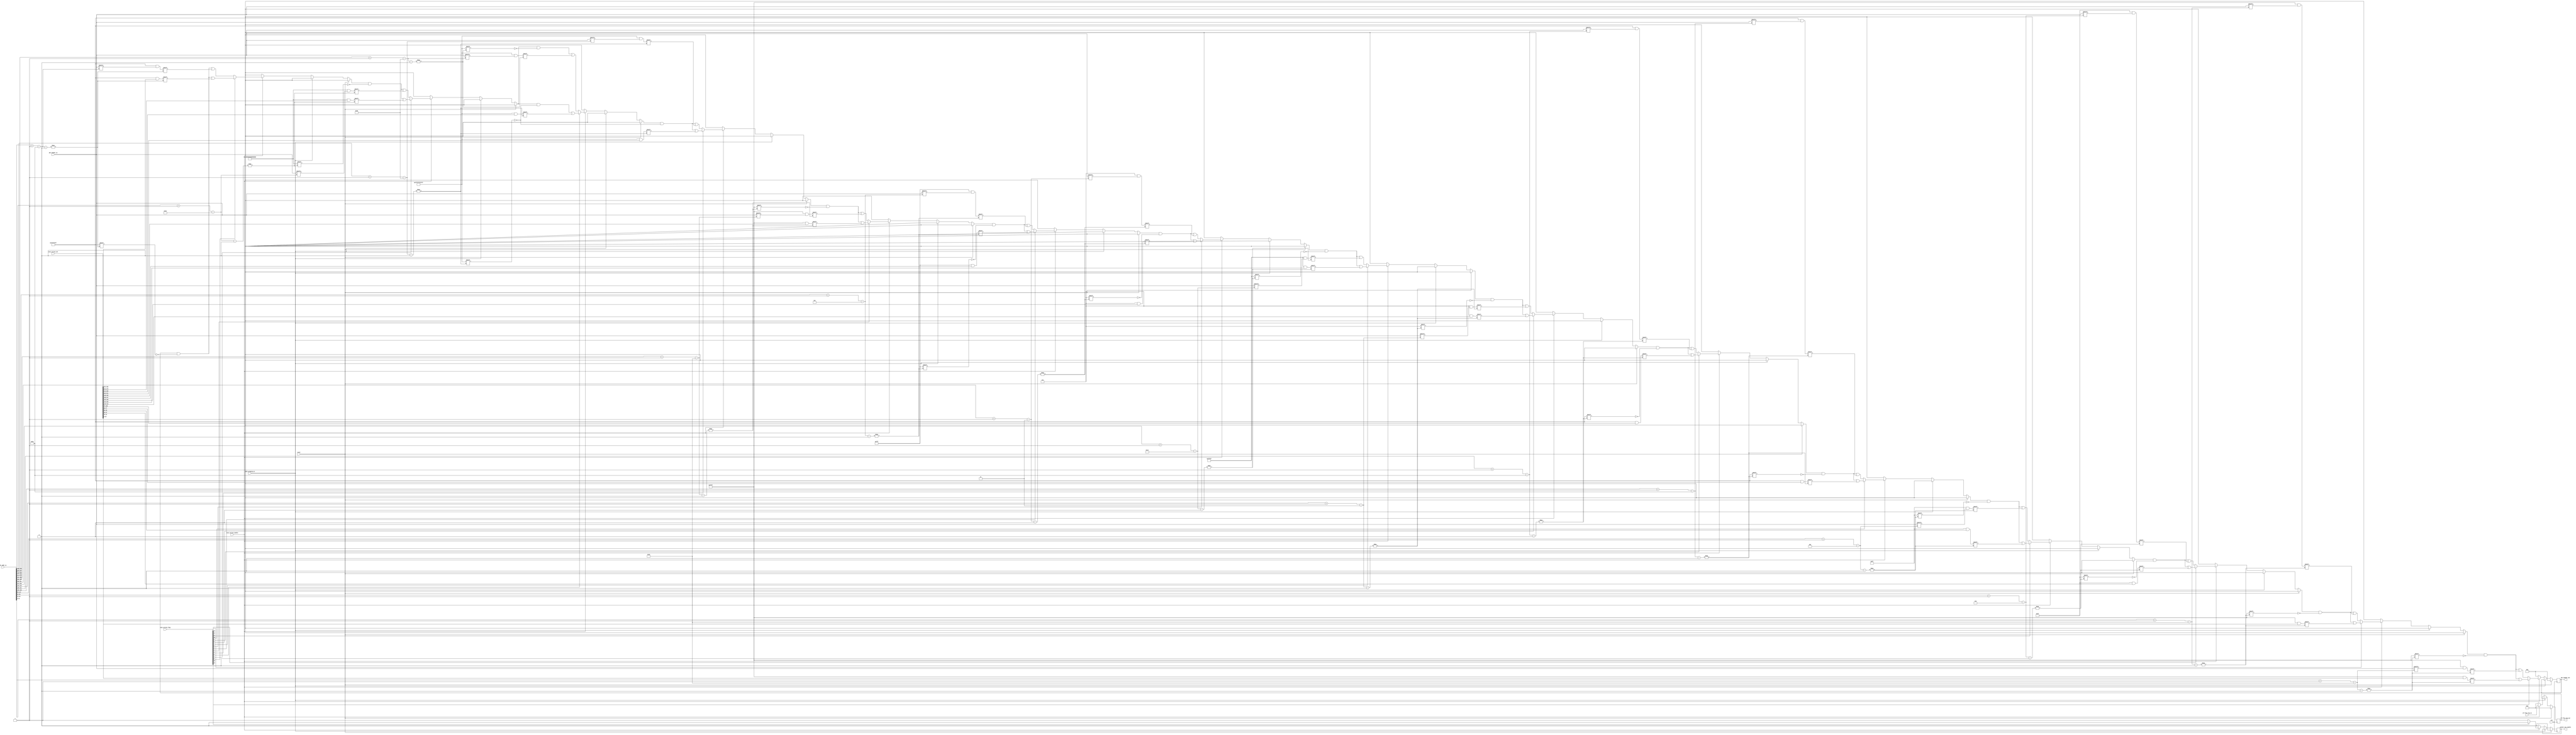
`timescale 1ns / 1ps
//////////////////////////////////////////////////////////////////////////////////
// Company: 
// Engineer: 
// 
// Design Name: 
// Module Name:    netwalk_execution_engine_processor 
// Project Name: 
// Target Devices: 
// Tool versions: 
// Description: 
//
// Dependencies: 
//
// Revision: 
// Revision 0.01 - File Created
// Additional Comments: 
//
//////////////////////////////////////////////////////////////////////////////////
module netwalk_execution_engine_core
#(parameter OF_FLOW_TAG_WIDTH=5,ADDR_WIDTH=32,PKT_BUFF_ADDR_WIDTH=9,ACTION_FLAG_WIDTH=16,ACTION_SET_WIDTH=356,TCAM_ADDR_WIDTH=6,DPL_PKT_BIT_WIDTH=512)
(
clk,
reset,
glbl_program_en,

pkt_header_in,

exec_action_flag,
exec_action_set,
exec_action_enable,

pkt_header_out,
packet_out_enable,

/*
OF_INGRESS_PORT_ADDR,
OF_META_DATA_ADDR,
OF_DST_MAC_ADDR_ADDR,
OF_SRC_MAC_ADDR_ADDR,
OF_ETHER_TYPE_ADDR,
OF_VLAN_ID_ADDR,
OF_VLAN_PRIORITY_ADDR,
OF_MPLS_LABEL_ADDR,
OF_MPLS_FEC_CLASS_ADDR,
OF_SRC_IPV4_ADDR_ADDR,
OF_DST_IPV4_ADDR_ADDR,
OF_IP_PROTOCOL_ADDR,
OF_IPV4_TOS_ADDR,
OF_TCP_SRC_PORT_ADDR,
OF_TCP_DST_PORT_ADDR,
*/

pkt_addr_in,
//pkt_addr_out
of_flow_tag_in,
of_flow_tag_out
);
input [(ADDR_WIDTH*15)-1:0] pkt_addr_in;
input [OF_FLOW_TAG_WIDTH-1:0] of_flow_tag_in;
output reg [OF_FLOW_TAG_WIDTH-1:0] of_flow_tag_out;

parameter EGRESS_PORT_WIDTH		=32;
parameter METADATA_WIDTH			=64;
parameter MAC_ADDR_WIDTH			=48;
parameter SRC_MAC_ADDR_WIDTH		=48;
parameter DST_MAC_ADDR_WIDTH		=48;
parameter ETHER_TYPE_WIDTH			=16;

parameter VLAN_TPID_WIDTH			=16;
parameter VLAN_PRIORITY_WIDTH		=3;
parameter VLAN_CFI_WIDTH			=1;
parameter VLAN_ID_WIDTH				=12;

parameter MPLS_LABEL_WIDTH			=20;
parameter MPLS_COS_WIDTH			=3;
parameter MPLS_S_WIDTH				=1;
parameter MPLS_TTL_WIDTH			=8;

parameter MPLS_FEC_WIDTH			=3;
parameter MPLS_FEC_CLASS_WIDTH	=3;

parameter IP_VERSION_WIDTH			=4;
parameter IP_IHL_WIDTH				=4;
parameter IP_DSCP_WIDTH				=6;
parameter IP_ECN_WIDTH				=2;
parameter IP_LENGTH_WIDTH			=16;
parameter IP_ID_WIDTH				=16;
parameter IP_FLAG_WIDTH				=3;
parameter IP_FRAGOFF_WIDTH			=13;
parameter IP_TTL_WIDTH				=8;
parameter IP_PROTOCOL_WIDTH		=8;
parameter IP_CHECKSUM_WIDTH		=16;
parameter IP_ADDR_WIDTH				=32;
parameter IP_SRC_ADDR_WIDTH		=32;
parameter IP_DST_ADDR_WIDTH		=32;

parameter SRC_IPV4_ADDR_WIDTH		=32;
parameter DST_IPV4_ADDR_WIDTH		=32;
parameter IPV4_TOS_WIDTH			=IP_DSCP_WIDTH;

//parameter IP_TOS_WIDTH=IP_DSCP_WIDTH+IP_ECN_WIDTH;
parameter IP_TOS_WIDTH=IP_DSCP_WIDTH;
parameter TCP_PORT_WIDTH			=16;
parameter TCP_SRC_PORT_WIDTH			=16;
parameter TCP_DST_PORT_WIDTH			=16;
parameter TCP_SEQN_WIDTH			=32;
parameter TCP_ACKN_WIDTH			=32;
parameter TCP_DTOFF_WIDTH			=4;
parameter TCP_RESV_WIDTH			=3;
parameter TCP_NS_WIDTH				=1;
parameter TCP_CWR_WIDTH				=1;
parameter TCP_ECE_WIDTH				=1;
parameter TCP_UGR_WIDTH				=1;
parameter TCP_ACK_WIDTH				=1;
parameter TCP_PSH_WIDTH				=1;
parameter TCP_RST_WIDTH				=1;
parameter TCP_SYN_WIDTH				=1;
parameter TCP_FIN_WIDTH				=1;
parameter TCP_WINSIZE_WIDTH		=16;
parameter TCP_CHECKSUM_WIDTH		=16;
parameter TCP_URGPNT_WIDTH			=16;

parameter TCP_SRC_PORT_ADDR		=16;
parameter TCP_DST_PORT_ADDR		=16;
/////////////////////////////////////////////////////
parameter UDP_PORT_WIDTH			=16;
parameter UDP_SRC_PORT_WIDTH		=16;
parameter UDP_DST_PORT_WIDTH		=16;
parameter UDP_LENGTH_WIDTH			=16;
parameter UDP_CHECKSUM_WIDTH		=16;

parameter EGRESS_PORT_OFFSET		=0;
parameter METADATA_OFFSET			=EGRESS_PORT_WIDTH;
parameter DST_MAC_ADDR_OFFSET		=EGRESS_PORT_WIDTH+METADATA_WIDTH;
parameter SRC_MAC_ADDR_OFFSET		=EGRESS_PORT_WIDTH+METADATA_WIDTH+DST_MAC_ADDR_WIDTH;
parameter ETHER_TYPE_OFFSET		=EGRESS_PORT_WIDTH+METADATA_WIDTH+SRC_MAC_ADDR_WIDTH+DST_MAC_ADDR_WIDTH;
parameter VLAN_ID_OFFSET			=EGRESS_PORT_WIDTH+METADATA_WIDTH+SRC_MAC_ADDR_WIDTH+DST_MAC_ADDR_WIDTH+ETHER_TYPE_WIDTH;
parameter VLAN_PRIORITY_OFFSET	=EGRESS_PORT_WIDTH+METADATA_WIDTH+SRC_MAC_ADDR_WIDTH+DST_MAC_ADDR_WIDTH+ETHER_TYPE_WIDTH+VLAN_ID_WIDTH;
parameter MPLS_LABEL_OFFSET		=EGRESS_PORT_WIDTH+METADATA_WIDTH+SRC_MAC_ADDR_WIDTH+DST_MAC_ADDR_WIDTH+ETHER_TYPE_WIDTH+VLAN_ID_WIDTH+VLAN_PRIORITY_WIDTH;
parameter MPLS_FEC_CLASS_OFFSET	=EGRESS_PORT_WIDTH+METADATA_WIDTH+SRC_MAC_ADDR_WIDTH+DST_MAC_ADDR_WIDTH+ETHER_TYPE_WIDTH+VLAN_ID_WIDTH+VLAN_PRIORITY_WIDTH+MPLS_LABEL_WIDTH;
parameter SRC_IPV4_ADDR_OFFSET	=EGRESS_PORT_WIDTH+METADATA_WIDTH+SRC_MAC_ADDR_WIDTH+DST_MAC_ADDR_WIDTH+ETHER_TYPE_WIDTH+VLAN_ID_WIDTH+VLAN_PRIORITY_WIDTH+MPLS_LABEL_WIDTH+MPLS_FEC_CLASS_WIDTH;
parameter DST_IPV4_ADDR_OFFSET	=EGRESS_PORT_WIDTH+METADATA_WIDTH+SRC_MAC_ADDR_WIDTH+DST_MAC_ADDR_WIDTH+ETHER_TYPE_WIDTH+VLAN_ID_WIDTH+VLAN_PRIORITY_WIDTH+MPLS_LABEL_WIDTH+MPLS_FEC_CLASS_WIDTH+IP_SRC_ADDR_WIDTH;
parameter IP_PROTOCOL_OFFSET		=EGRESS_PORT_WIDTH+METADATA_WIDTH+SRC_MAC_ADDR_WIDTH+DST_MAC_ADDR_WIDTH+ETHER_TYPE_WIDTH+VLAN_ID_WIDTH+VLAN_PRIORITY_WIDTH+MPLS_LABEL_WIDTH+MPLS_FEC_CLASS_WIDTH+IP_SRC_ADDR_WIDTH+IP_DST_ADDR_WIDTH;
parameter IPV4_TOS_OFFSET			=EGRESS_PORT_WIDTH+METADATA_WIDTH+SRC_MAC_ADDR_WIDTH+DST_MAC_ADDR_WIDTH+ETHER_TYPE_WIDTH+VLAN_ID_WIDTH+VLAN_PRIORITY_WIDTH+MPLS_LABEL_WIDTH+MPLS_FEC_CLASS_WIDTH+IP_SRC_ADDR_WIDTH+IP_DST_ADDR_WIDTH+IP_PROTOCOL_WIDTH;
parameter TCP_SRC_PORT_OFFSET		=EGRESS_PORT_WIDTH+METADATA_WIDTH+SRC_MAC_ADDR_WIDTH+DST_MAC_ADDR_WIDTH+ETHER_TYPE_WIDTH+VLAN_ID_WIDTH+VLAN_PRIORITY_WIDTH+MPLS_LABEL_WIDTH+MPLS_FEC_CLASS_WIDTH+IP_SRC_ADDR_WIDTH+IP_DST_ADDR_WIDTH+IP_PROTOCOL_WIDTH+IP_TOS_WIDTH;
parameter TCP_DST_PORT_OFFSET		=EGRESS_PORT_WIDTH+METADATA_WIDTH+SRC_MAC_ADDR_WIDTH+DST_MAC_ADDR_WIDTH+ETHER_TYPE_WIDTH+VLAN_ID_WIDTH+VLAN_PRIORITY_WIDTH+MPLS_LABEL_WIDTH+MPLS_FEC_CLASS_WIDTH+IP_SRC_ADDR_WIDTH+IP_DST_ADDR_WIDTH+IP_PROTOCOL_WIDTH+IP_TOS_WIDTH+TCP_SRC_PORT_WIDTH;

input clk;
input reset;
input glbl_program_en;

input[DPL_PKT_BIT_WIDTH-1:0]pkt_header_in;

input[ACTION_FLAG_WIDTH-1:0]exec_action_flag;
input[ACTION_SET_WIDTH-1:0]exec_action_set;
input exec_action_enable;

output reg[DPL_PKT_BIT_WIDTH-1:0]pkt_header_out;
output reg packet_out_enable;

/*
input[PKT_BUFF_ADDR_WIDTH-1:0]		OF_INGRESS_PORT_ADDR;
input[PKT_BUFF_ADDR_WIDTH-1:0]		OF_META_DATA_ADDR;
input[PKT_BUFF_ADDR_WIDTH-1:0]		OF_DST_MAC_ADDR_ADDR;
input[PKT_BUFF_ADDR_WIDTH-1:0]		OF_SRC_MAC_ADDR_ADDR;
input[PKT_BUFF_ADDR_WIDTH-1:0] 		OF_ETHER_TYPE_ADDR;
input[PKT_BUFF_ADDR_WIDTH-1:0]		OF_VLAN_ID_ADDR;
input[PKT_BUFF_ADDR_WIDTH-1:0]		OF_VLAN_PRIORITY_ADDR;
input[PKT_BUFF_ADDR_WIDTH-1:0]		OF_MPLS_LABEL_ADDR;
input[PKT_BUFF_ADDR_WIDTH-1:0]		OF_MPLS_FEC_CLASS_ADDR;
input[PKT_BUFF_ADDR_WIDTH-1:0]		OF_SRC_IPV4_ADDR_ADDR;
input[PKT_BUFF_ADDR_WIDTH-1:0]		OF_DST_IPV4_ADDR_ADDR;
input[PKT_BUFF_ADDR_WIDTH-1:0]		OF_IP_PROTOCOL_ADDR;
input[PKT_BUFF_ADDR_WIDTH-1:0]		OF_IPV4_TOS_ADDR;
input[PKT_BUFF_ADDR_WIDTH-1:0]		OF_TCP_SRC_PORT_ADDR;
input[PKT_BUFF_ADDR_WIDTH-1:0]		OF_TCP_DST_PORT_ADDR;
*/

wire[EGRESS_PORT_WIDTH-1:0]	SET_EGRESS_PORT;
wire[METADATA_WIDTH-1:0]		SET_META_DATA;
wire[DST_MAC_ADDR_WIDTH-1:0]	SET_DST_MAC_ADDR;
wire[SRC_MAC_ADDR_WIDTH-1:0]	SET_SRC_MAC_ADDR;
wire[ETHER_TYPE_WIDTH-1:0]		SET_ETHER_TYPE;
wire[VLAN_ID_WIDTH-1:0]			SET_VLAN_ID;
wire[VLAN_PRIORITY_WIDTH-1:0]	SET_VLAN_PRIORITY;
wire[MPLS_LABEL_WIDTH-1:0]		SET_MPLS_LABEL;
wire[MPLS_FEC_WIDTH-1:0]		SET_MPLS_FEC_CLASS;
wire[IP_SRC_ADDR_WIDTH-1:0]	SET_SRC_IPV4_ADDR;
wire[IP_DST_ADDR_WIDTH-1:0]	SET_DST_IPV4_ADDR;
wire[IP_PROTOCOL_WIDTH-1:0]	SET_IP_PROTOCOL;
wire[IP_TOS_WIDTH-1:0]			SET_IPV4_TOS;
wire[TCP_SRC_PORT_WIDTH-1:0]	SET_TCP_SRC_PORT;
wire[TCP_DST_PORT_WIDTH-1:0]	SET_TCP_DST_PORT;


wire[ADDR_WIDTH-1:0]	OF_INGRESS_PORT_ADDR;
wire[ADDR_WIDTH-1:0] OF_META_DATA_ADDR;
wire[ADDR_WIDTH-1:0]	OF_DST_MAC_ADDR_ADDR;
wire[ADDR_WIDTH-1:0]	OF_SRC_MAC_ADDR_ADDR;
wire[ADDR_WIDTH-1:0] OF_ETHER_TYPE_ADDR;
wire[ADDR_WIDTH-1:0]			OF_VLAN_ID_ADDR;
wire[ADDR_WIDTH-1:0]	OF_VLAN_PRIORITY_ADDR;
wire[ADDR_WIDTH-1:0]	OF_MPLS_LABEL_ADDR;
wire[ADDR_WIDTH-1:0]		OF_MPLS_FEC_CLASS_ADDR;
wire[ADDR_WIDTH-1:0]OF_SRC_IPV4_ADDR_ADDR;
wire[ADDR_WIDTH-1:0]OF_DST_IPV4_ADDR_ADDR;
wire[ADDR_WIDTH-1:0]	OF_IP_PROTOCOL_ADDR;
wire[ADDR_WIDTH-1:0]		OF_IPV4_TOS_ADDR;
wire[ADDR_WIDTH-1:0]	OF_TCP_SRC_PORT_ADDR;
wire[ADDR_WIDTH-1:0]	OF_TCP_DST_PORT_ADDR;

/*
output[INGRESS_PORT_WIDTH-1:0]	SET_EGRESS_PORT;
output[METADATA_WIDTH-1:0]		SET_META_DATA;
output[SRC_MAC_ADDR_WIDTH-1:0]	SET_SRC_MAC_ADDR;
output[DST_MAC_ADDR_WIDTH-1:0]	SET_DST_MAC_ADDR;
output[ETHER_TYPE_WIDTH-1:0]		SET_ETHER_TYPE;
output[VLAN_ID_WIDTH-1:0]			SET_VLAN_ID;
output[VLAN_PRIORITY_WIDTH-1:0]	SET_VLAN_PRIORITY;
output[MPLS_LABEL_WIDTH-1:0]		SET_MPLS_LABEL;
output[MPLS_FEC_WIDTH-1:0]		SET_MPLS_FEC_CLASS;
output[IP_SRC_ADDR_WIDTH-1:0]	SET_SRC_IPV4_ADDR;
output[IP_DST_ADDR_WIDTH-1:0]	SET_DST_IPV4_ADDR;
output[IP_PROTOCOL_WIDTH-1:0]	SET_IP_PROTOCOL;
output[IP_TOS_WIDTH-1:0]			SET_IPV4_TOS;
output[TCP_SRC_PORT_WIDTH-1:0]	SET_TCP_SRC_PORT;
output[TCP_DST_PORT_WIDTH-1:0]	SET_TCP_DST_PORT;
*/

assign SET_EGRESS_PORT		=exec_action_set[ACTION_SET_WIDTH-1:(ACTION_SET_WIDTH-METADATA_OFFSET)];
assign SET_META_DATA			=exec_action_set[ACTION_SET_WIDTH-METADATA_OFFSET-1:ACTION_SET_WIDTH-SRC_MAC_ADDR_OFFSET];
assign SET_DST_MAC_ADDR		=exec_action_set[ACTION_SET_WIDTH-DST_MAC_ADDR_OFFSET-1:ACTION_SET_WIDTH-SRC_MAC_ADDR_OFFSET];
assign SET_SRC_MAC_ADDR		=exec_action_set[ACTION_SET_WIDTH-SRC_MAC_ADDR_OFFSET-1:ACTION_SET_WIDTH-ETHER_TYPE_OFFSET];
assign SET_ETHER_TYPE		=exec_action_set[ACTION_SET_WIDTH-ETHER_TYPE_OFFSET-1:ACTION_SET_WIDTH-VLAN_ID_OFFSET];
assign SET_VLAN_ID			=exec_action_set[ACTION_SET_WIDTH-VLAN_ID_OFFSET-1:ACTION_SET_WIDTH-VLAN_PRIORITY_OFFSET];
assign SET_VLAN_PRIORITY	=exec_action_set[ACTION_SET_WIDTH-VLAN_PRIORITY_OFFSET-1:ACTION_SET_WIDTH-MPLS_LABEL_OFFSET];
assign SET_MPLS_LABEL		=exec_action_set[ACTION_SET_WIDTH-MPLS_LABEL_OFFSET-1:ACTION_SET_WIDTH-MPLS_FEC_CLASS_OFFSET];
assign SET_MPLS_FEC_CLASS	=exec_action_set[ACTION_SET_WIDTH-MPLS_FEC_CLASS_OFFSET-1:ACTION_SET_WIDTH-SRC_IPV4_ADDR_OFFSET];
assign SET_SRC_IPV4_ADDR	=exec_action_set[ACTION_SET_WIDTH-SRC_IPV4_ADDR_OFFSET-1:ACTION_SET_WIDTH-DST_IPV4_ADDR_OFFSET];
assign SET_DST_IPV4_ADDR	=exec_action_set[ACTION_SET_WIDTH-DST_IPV4_ADDR_OFFSET-1:ACTION_SET_WIDTH-IP_PROTOCOL_OFFSET];
assign SET_IP_PROTOCOL		=exec_action_set[ACTION_SET_WIDTH-IP_PROTOCOL_OFFSET-1:ACTION_SET_WIDTH-IPV4_TOS_OFFSET];
assign SET_IPV4_TOS			=exec_action_set[ACTION_SET_WIDTH-IPV4_TOS_OFFSET-1:ACTION_SET_WIDTH-TCP_SRC_PORT_OFFSET];
assign SET_TCP_SRC_PORT		=exec_action_set[ACTION_SET_WIDTH-TCP_SRC_PORT_OFFSET-1:ACTION_SET_WIDTH-TCP_DST_PORT_OFFSET];
assign SET_TCP_DST_PORT		=exec_action_set[ACTION_SET_WIDTH-TCP_DST_PORT_OFFSET-1:0];

assign {OF_INGRESS_PORT_ADDR, OF_META_DATA_ADDR, OF_DST_MAC_ADDR_ADDR, OF_SRC_MAC_ADDR_ADDR , OF_ETHER_TYPE_ADDR,OF_VLAN_ID_ADDR,OF_VLAN_PRIORITY_ADDR,OF_MPLS_LABEL_ADDR,OF_MPLS_FEC_CLASS_ADDR,OF_SRC_IPV4_ADDR_ADDR,OF_DST_IPV4_ADDR_ADDR,OF_IP_PROTOCOL_ADDR,OF_IPV4_TOS_ADDR,OF_TCP_SRC_PORT_ADDR,	OF_TCP_DST_PORT_ADDR}=pkt_addr_in;

initial begin
//$monitor("%x \n%x \n %x \n %x \n %x \n %x \n %x \n %x \n %x \n %x \n %x \n %x \n %x \n\n",SET_EGRESS_PORT,SET_META_DATA,SET_SRC_MAC_ADDR,SET_DST_MAC_ADDR,SET_ETHER_TYPE,SET_VLAN_ID,SET_VLAN_PRIORITY,SET_MPLS_LABEL,SET_MPLS_FEC_CLASS,SET_SRC_IPV4_ADDR,SET_DST_IPV4_ADDR,SET_IP_PROTOCOL,SET_IPV4_TOS,SET_TCP_SRC_PORT,SET_TCP_DST_PORT);
end
always@(posedge clk)begin
		if(!reset)begin
		   if(!glbl_program_en)begin
            if(exec_action_enable)begin
				       of_flow_tag_out<=of_flow_tag_in;
				       
						if(exec_action_flag[15] == 1'b1)begin//TCP_DST_PORT
							   packet_out_enable<=1'b0;
						end	
						else begin
					       packet_out_enable<=1'b1;
					   end
					
				    if(exec_action_flag[0] == 1'b1)begin//EGRESS PORT
							//packet_out_enable<=1'b1;
							pkt_header_out[OF_INGRESS_PORT_ADDR -:EGRESS_PORT_WIDTH] <= SET_EGRESS_PORT;
							//pkt_header_out[DPL_PKT_BIT_WIDTH-1:DPL_PKT_BIT_WIDTH-EGRESS_PORT_WIDTH] <= SET_EGRESS_PORT;
							//pkt_header_out[DPL_PKT_BIT_WIDTH-EGRESS_PORT_WIDTH-1:0] <= pkt_header_in[DPL_PKT_BIT_WIDTH-EGRESS_PORT_WIDTH-1:0];
					  end	
					  else begin
					      pkt_header_out[OF_INGRESS_PORT_ADDR -:EGRESS_PORT_WIDTH] <= pkt_header_in[OF_INGRESS_PORT_ADDR -:EGRESS_PORT_WIDTH];
					       //packet_out_enable<=1'b0;
							 //pkt_header_out[DPL_PKT_BIT_WIDTH-1:0] <= pkt_header_in[DPL_PKT_BIT_WIDTH-1:0];
					  end	
					  
					  
						if(exec_action_flag[1] == 1'b1)begin//METADATA
							pkt_header_out[OF_META_DATA_ADDR -:METADATA_WIDTH] <= SET_META_DATA;
						end	
						else begin
					     pkt_header_out[OF_META_DATA_ADDR -:METADATA_WIDTH]  <= pkt_header_in[OF_META_DATA_ADDR -:METADATA_WIDTH] ;
					   end


						if(exec_action_flag[2] == 1'b1)begin//DST_MAC
							pkt_header_out[OF_SRC_MAC_ADDR_ADDR -:DST_MAC_ADDR_WIDTH] <= SET_DST_MAC_ADDR;
						end	
						else begin
					      pkt_header_out[OF_DST_MAC_ADDR_ADDR -:DST_MAC_ADDR_WIDTH] <= pkt_header_in[OF_DST_MAC_ADDR_ADDR -:DST_MAC_ADDR_WIDTH] ;
					   end
						
						if(exec_action_flag[3] == 1'b1)begin//SRC_MAC
							pkt_header_out[OF_SRC_MAC_ADDR_ADDR -:SRC_MAC_ADDR_WIDTH] <= SET_SRC_MAC_ADDR;
						end	
						else begin
					      pkt_header_out[OF_SRC_MAC_ADDR_ADDR -:SRC_MAC_ADDR_WIDTH] <= pkt_header_in[OF_SRC_MAC_ADDR_ADDR -:SRC_MAC_ADDR_WIDTH] ;
					   end
						
						
						if(exec_action_flag[4] == 1'b1)begin//ETHER_TYPE
							pkt_header_out[OF_ETHER_TYPE_ADDR -:ETHER_TYPE_WIDTH] <= SET_ETHER_TYPE;
						end	
						else begin
					      pkt_header_out[OF_ETHER_TYPE_ADDR -:ETHER_TYPE_WIDTH] <= pkt_header_in[OF_ETHER_TYPE_ADDR -:ETHER_TYPE_WIDTH] ;
					   end
						
						if(exec_action_flag[5] == 1'b1)begin//VLAN_ID
							pkt_header_out[OF_VLAN_ID_ADDR -:VLAN_ID_WIDTH] <= SET_VLAN_ID;
						end	
						else begin
					      pkt_header_out[OF_VLAN_ID_ADDR -:VLAN_ID_WIDTH] <= pkt_header_in[OF_VLAN_ID_ADDR -:VLAN_ID_WIDTH] ;
					   end
						
						if(exec_action_flag[6] == 1'b1)begin//VLAN_PRIORITY
							pkt_header_out[OF_VLAN_PRIORITY_ADDR -:VLAN_PRIORITY_WIDTH] <= SET_VLAN_PRIORITY;
						end	
						else begin
					      pkt_header_out[OF_VLAN_PRIORITY_ADDR -:VLAN_PRIORITY_WIDTH] <= pkt_header_in[OF_VLAN_PRIORITY_ADDR -:VLAN_PRIORITY_WIDTH] ;
					   end
						
						if(exec_action_flag[7] == 1'b1)begin//MPLS_LABEL
							pkt_header_out[OF_MPLS_LABEL_ADDR -:MPLS_LABEL_WIDTH] <= SET_MPLS_LABEL;
						end	
						else begin
					      pkt_header_out[OF_MPLS_LABEL_ADDR -:MPLS_LABEL_WIDTH] <= pkt_header_in[OF_MPLS_LABEL_ADDR -:MPLS_LABEL_WIDTH];
					   end
					  
					  if(exec_action_flag[8] == 1'b1)begin//MPLS_FEC_CLASS
							pkt_header_out[OF_MPLS_FEC_CLASS_ADDR -:MPLS_FEC_CLASS_WIDTH] <= SET_MPLS_FEC_CLASS;
						end	
						else begin
					      pkt_header_out[OF_MPLS_FEC_CLASS_ADDR -:MPLS_FEC_CLASS_WIDTH] <= pkt_header_in[OF_MPLS_FEC_CLASS_ADDR -:MPLS_FEC_CLASS_WIDTH];
					   end						
						
						
						if(exec_action_flag[9] == 1'b1)begin//SRC_IPV4_ADDR
							pkt_header_out[OF_SRC_IPV4_ADDR_ADDR -:SRC_IPV4_ADDR_WIDTH] <= SET_SRC_IPV4_ADDR;
						end	
						else begin
					      pkt_header_out[OF_SRC_IPV4_ADDR_ADDR -:SRC_IPV4_ADDR_WIDTH] <= pkt_header_in[OF_SRC_IPV4_ADDR_ADDR -:SRC_IPV4_ADDR_WIDTH];
					   end
						
						
						if(exec_action_flag[10] == 1'b1)begin//DST_IPV4_ADDR
							pkt_header_out[OF_DST_IPV4_ADDR_ADDR -:DST_IPV4_ADDR_WIDTH] <= SET_DST_IPV4_ADDR;
						end	
						else begin
					      pkt_header_out[OF_DST_IPV4_ADDR_ADDR -:DST_IPV4_ADDR_WIDTH] <= pkt_header_in[OF_DST_IPV4_ADDR_ADDR -:DST_IPV4_ADDR_WIDTH];
					   end
						
						
						if(exec_action_flag[11] == 1'b1)begin//IP_PROTOCOL
							pkt_header_out[OF_IP_PROTOCOL_ADDR -:IP_PROTOCOL_WIDTH] <= SET_IP_PROTOCOL;
						end	
						else begin
					      pkt_header_out[OF_IP_PROTOCOL_ADDR -:IP_PROTOCOL_WIDTH] <= pkt_header_in[OF_IP_PROTOCOL_ADDR -:IP_PROTOCOL_WIDTH];
					   end
						
						if(exec_action_flag[12] == 1'b1)begin//IPV4_TOS
							pkt_header_out[OF_IPV4_TOS_ADDR -:IPV4_TOS_WIDTH] <= SET_IPV4_TOS;
						end	
						else begin
					      pkt_header_out[OF_IPV4_TOS_ADDR -:IPV4_TOS_WIDTH] <= pkt_header_in[OF_IPV4_TOS_ADDR -:IPV4_TOS_WIDTH];
					   end
						
						
						if(exec_action_flag[13] == 1'b1)begin//TCP_SRC_PORT
							pkt_header_out[OF_TCP_SRC_PORT_ADDR -:TCP_SRC_PORT_WIDTH] <= SET_TCP_SRC_PORT;
						end	
						else begin
					      pkt_header_out[OF_TCP_SRC_PORT_ADDR -:TCP_SRC_PORT_WIDTH] <= pkt_header_in[OF_TCP_SRC_PORT_ADDR -:TCP_SRC_PORT_WIDTH];
					   end
						
						
						if(exec_action_flag[14] == 1'b1)begin//TCP_DST_PORT
							pkt_header_out[OF_TCP_DST_PORT_ADDR -:TCP_DST_PORT_WIDTH] <= SET_TCP_DST_PORT;
						end	
						else begin
					      pkt_header_out[OF_TCP_DST_PORT_ADDR -:TCP_DST_PORT_WIDTH] <= pkt_header_in[OF_TCP_DST_PORT_ADDR -:TCP_DST_PORT_WIDTH];
					   end
						
					

				end //EXEC_ACTION_ENABLE
				else begin
				      packet_out_enable<=1'b0;
						pkt_header_out<=0;
						of_flow_tag_out<=0;
				end//EXEC
			end//PROG	
		end
		else begin
		            packet_out_enable<=1'b0;
						pkt_header_out<=0;
							of_flow_tag_out<=0;
		end//RESET
end

endmodule